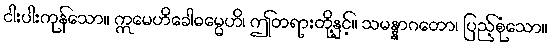
ငါးပါးကုန်သော။ ဣမေဟိခေါဓမ္မေဟိ၊ ဤတရားတို့နှင့်။ သမန္နာဂတော၊ ပြည့်စုံသော။